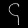
Digit: ၄